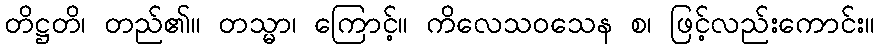
တိဋ္ဌတိ၊ တည်၏။ တသ္မာ၊ ကြောင့်။ ကိလေသဝသေန စ၊ ဖြင့်လည်းကောင်း။